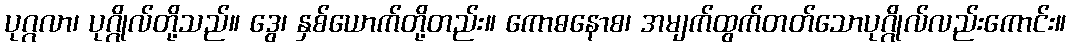
ပုဂ္ဂလာ၊ ပုဂ္ဂိုလ်တို့သည်။ ဒွေ၊ နှစ်ယောက်တို့တည်း။ ကောဓနောစ၊ အမျက်ထွက်တတ်သောပုဂ္ဂိုလ်လည်းကောင်း။